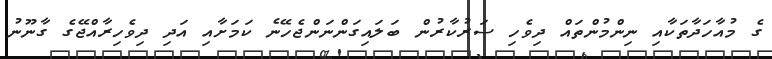
ގެ މުއާހަދާތަކާއި ނިންމުންތައް ދިވެހި ސަރުކާރުން ބަލައިގަންނަންޖެހޭނެ ކަމަށާއި އަދި ދިވެހިރާއްޖޭގެ ގާނޫނު